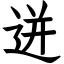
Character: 迸